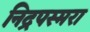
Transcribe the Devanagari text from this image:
निद्रपस्मरा